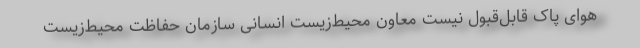
هوای پاک قابل‌قبول نیست معاون محیط‌زیست انسانی سازمان حفاظت محیط‌زیست